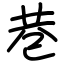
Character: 巷